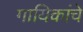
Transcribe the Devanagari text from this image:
गायिकांचे